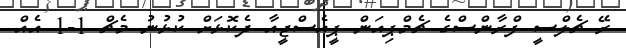
ރޭ ޗެލްސީ ފްރާންސްގެ ޗެމްޕިއަން ޕީއެސްޖީއާ ދެކޮޅަށް ކުޅުނު މެޗް 1-1 އެއް